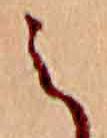
え